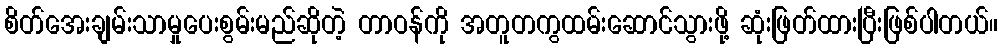
စိတ်အေးချမ်းသာမှုပေးစွမ်းမည်ဆိုတဲ့ တာဝန်ကို အတူတကွထမ်းဆောင်သွားဖို့ ဆုံးဖြတ်ထားပြီးဖြစ်ပါတယ်။